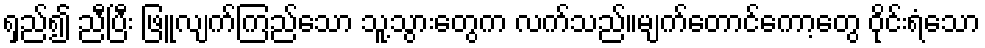
ရှည်၍ ညီပြီး ဖြူလျက်ကြည်သော သူ့သွားတွေက လက်သည်။မျက်တောင်ကော့တွေ ဝိုင်းရံသော